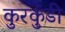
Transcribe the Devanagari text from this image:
कुरकुंडी